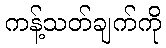
ကန့်သတ်ချက်ကို